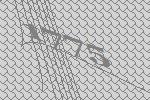
1775